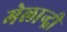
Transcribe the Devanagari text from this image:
मेलान्द्री